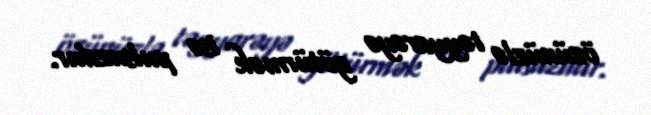
özünüzlə təyyarəyə götürmək isə pulsuzdur.